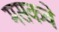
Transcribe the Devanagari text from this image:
मसकवे